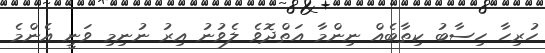
ހުރިހާ ހިސާބު ކިތާބެއް ނިންމާ އަތްދޮވެ ލެވުނު އިރު ނުނިމި ވަނީ އެންމެ